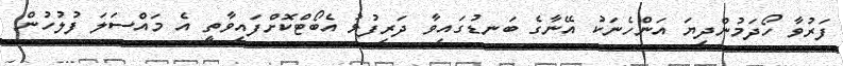
ފަރުވާ ހޯދަމުންދިޔަ އަންހެނަކު އޭނާގެ ބަނޑުގައިވާ ދަރިފުޅު އެބޯޓްކޮށްފައިވާތީ އެ މައްސަލަ ފުލުހުން